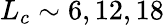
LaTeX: L_{c}\sim 6,12,18